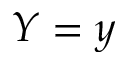
Y = y